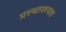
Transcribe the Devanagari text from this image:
प्रस्थापण्यात